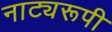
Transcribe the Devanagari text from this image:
नाट्यरूपी